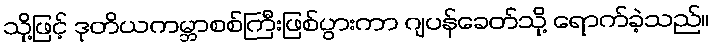
သို့ဖြင့် ဒုတိယကမ္ဘာစစ်ကြီးဖြစ်ပွားကာ ဂျပန်ခေတ်သို့ ရောက်ခဲ့သည်။